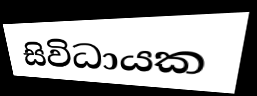
සිවිධායක